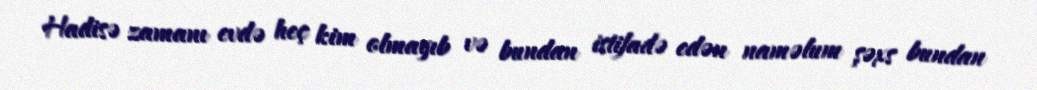
Hadisə zamanı evdə heç kim olmayıb və bundan istifadə edən naməlum şəxs bundan